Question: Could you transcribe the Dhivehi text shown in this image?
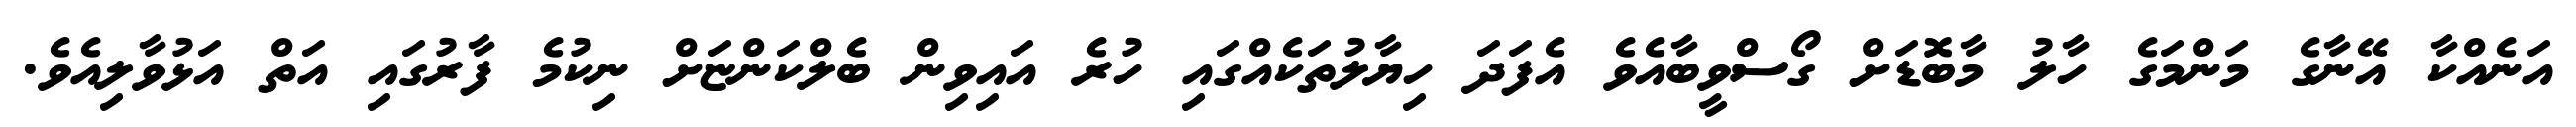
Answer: އަނެއްކާ އޭނާގެ މަންމަގެ ހާލު މާބޮޑަށް ގޯސްވީބާއެވެ އެފަދަ ހިޔާލުތަކެއްގައި ހުރެ އައިވިން ބެލްކަންޏަށް ނިކުމެ ފާރުގައި އަތް އަޅުވާލިއެވެ.